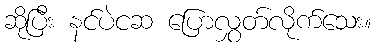
ဆိုပြီး နင်ပဲငဆ ပြောလွှတ်လိုက်သေး။